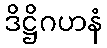
ဒိဋ္ဌိဂဟနံ